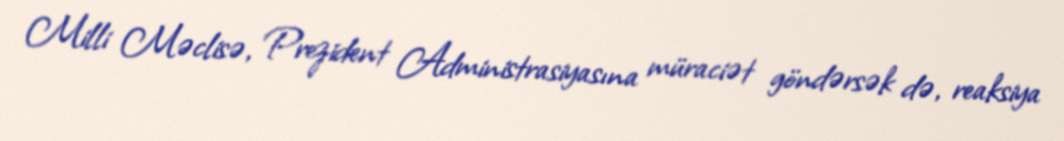
Milli Məclisə, Prezident Administrasiyasına müraciət göndərsək də, reaksiya